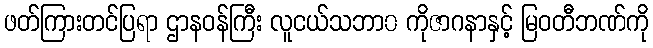
ဖတ်ကြားတင်ပြရာ ဌာနဝန်ကြီး လူငယ်သဘာ၀ ကိုဇာဂနာနှင့် မြဝတီဘဏ်ကို